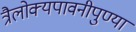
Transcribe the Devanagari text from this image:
त्रैलोक्यपावनीपुण्या